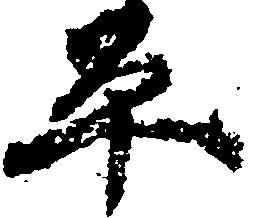
平